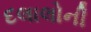
દલાલોની